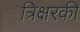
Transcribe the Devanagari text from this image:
त्रिक्षरकी